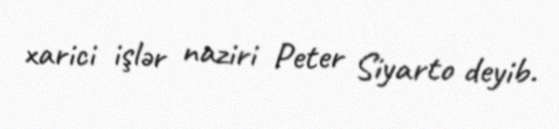
xarici işlər naziri Peter Siyarto deyib.